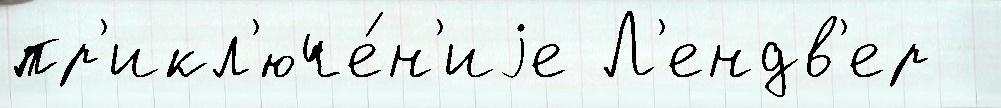
пр'икл'юче́н'иjе Л'ендв'ер